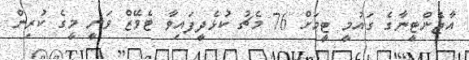
އާޖެންޓީނާގެ ގައުމީ ޓީމަށް 76 މެޗު ކުޅެދީފައިވާ ޓެވޭޒް ވަނީ މީގެ ކުރިން